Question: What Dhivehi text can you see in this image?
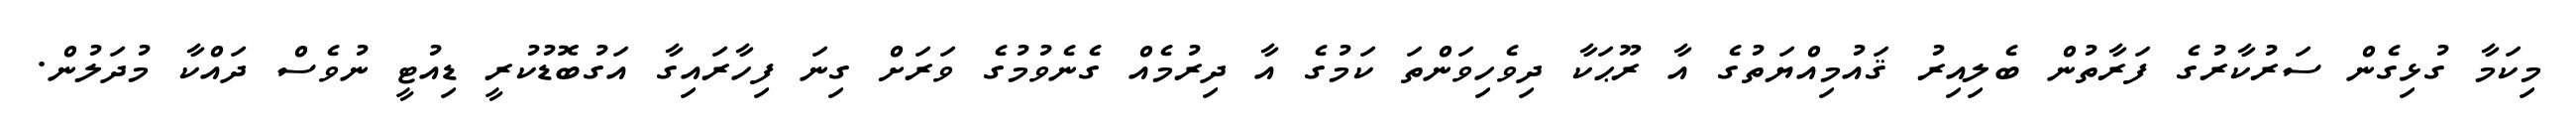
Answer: މިކަމާ ގުޅިގެން ސަރުކާރުގެ ފަރާތުން ބެލިއިރު ޤައުމިއްޔަތުގެ އާ ރޫޙަކާ ދިވެހިވަންތަ ކަމުގެ އާ ދިރުމެއް ގެނެވުމުގެ ވަރަށް ގިނަ ފިހާރައިގާ އަގުބޮޑުކުރީ ޑިއުޓީ ނުވެސް ދައްކާ މުދަލުން.